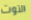
التوت